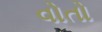
વોતો